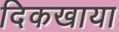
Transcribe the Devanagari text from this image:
दिकखाया